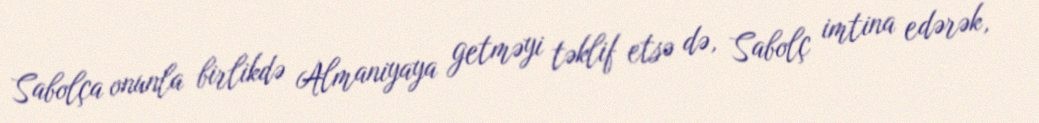
Sabolça onunla birlikdə Almaniyaya getməyi təklif etsə də, Sabolç imtina edərək,